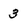
Character: 3